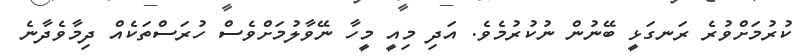
ކުރުމަށްވުރެ ރަނގަޅީ ބޭނުން ނުކުރުމެވެ. އަދި މިއީ މީހާ ނޭވާލުމަށްވެސް ހުރަސްތަކެއް ދިމާވެދާނެ